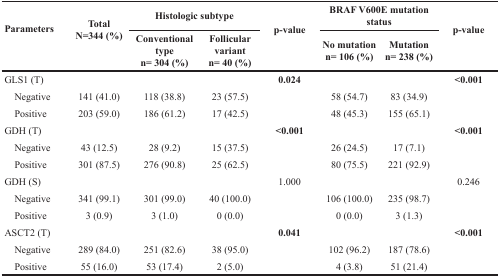
| <ROWSPAN=2> Parameters | <ROWSPAN=2> TotalN=344 (%) | <COLSPAN=2> Histologic subtype | <ROWSPAN=2> p-value | <COLSPAN=2> BRAF V600E mutation status | <ROWSPAN=2> p-value |
 | Conventional typen= 304 (%) | Follicular variantn= 40 (%) | No mutationn= 106 (%) | Mutationn= 238 (%) |
 | --- | --- | --- | --- | --- | --- | --- | --- |
 | GLS1 (T) |  |  |  | 0.024 |  |  | <0.001 |
 | Negative | 141 (41.0) | 118 (38.8) | 23 (57.5) |  | 58 (54.7) | 83 (34.9) |  |
 | Positive | 203 (59.0) | 186 (61.2) | 17 (42.5) |  | 48 (45.3) | 155 (65.1) |  |
 | GDH (T) |  |  |  | <0.001 |  |  | <0.001 |
 | Negative | 43 (12.5) | 28 (9.2) | 15 (37.5) |  | 26 (24.5) | 17 (7.1) |  |
 | Positive | 301 (87.5) | 276 (90.8) | 25 (62.5) |  | 80 (75.5) | 221 (92.9) |  |
 | GDH (S) |  |  |  | 1.000 |  |  | 0.246 |
 | Negative | 341 (99.1) | 301 (99.0) | 40 (100.0) |  | 106 (100.0) | 235 (98.7) |  |
 | Positive | 3 (0.9) | 3 (1.0) | 0 (0.0) |  | 0 (0.0) | 3 (1.3) |  |
 | ASCT2 (T) |  |  |  | 0.041 |  |  | <0.001 |
 | Negative | 289 (84.0) | 251 (82.6) | 38 (95.0) |  | 102 (96.2) | 187 (78.6) |  |
 | Positive | 55 (16.0) | 53 (17.4) | 2 (5.0) |  | 4 (3.8) | 51 (21.4) |  |